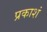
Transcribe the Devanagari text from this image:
प्रकाशं